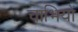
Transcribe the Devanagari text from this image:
चाभियों